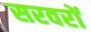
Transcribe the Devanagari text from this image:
सरवरों